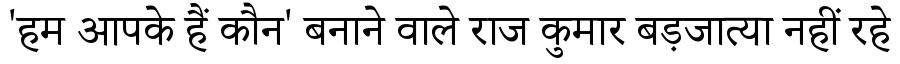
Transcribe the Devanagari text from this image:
'हम आपके हैं कौन' बनाने वाले राज कुमार बड़जात्या नहीं रहे